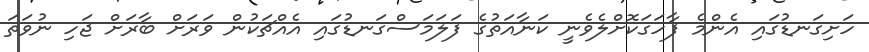
ހަށިގަނޑުގައި އެންމެ ފާހަގަކޮށްލެވެނީ ކަނާއަތުގެ ފަލަމަސްގަނޑުގައި އެއްޗަކުން ވަރަށް ބާރަށް ޖަހި ނުވަތަ